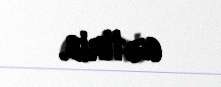
gətirib.